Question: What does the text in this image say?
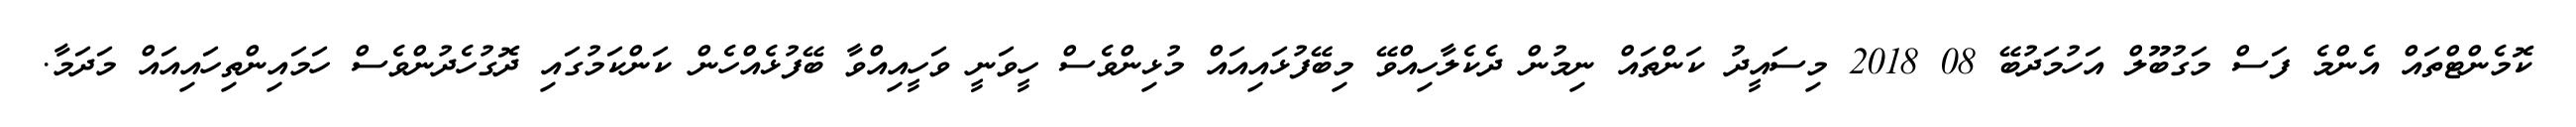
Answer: ކޮމެންޓްތައް އެންމެ ފަސް މަގުބޫލް އަހުމަދުބޭ 08 2018 މިސައީދު ކަންތައް ނިމުން ދެކެލާހިއްވޭ މިބޭފުޅައިއައް މުޅިންވެސް ހީވަނީ ވަހީއިއްވާ ބޭފުޅެއްހެން ކަންކަމުގައި ދޮގުހެދުންވެސް ހަމައިންތިހައިއައް މަދަމާ.